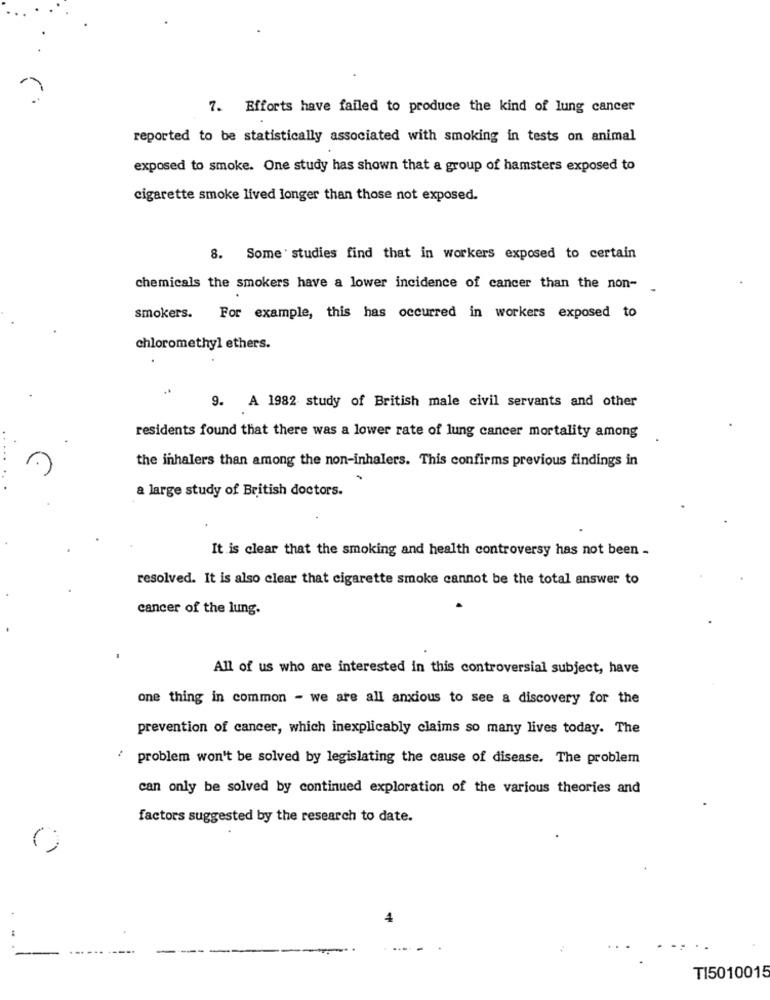
7. Efforts have failed to produce the kind of lung cancer
reported to be statistically associated with smoking in tests on animal
exposed to smoke. One study has shown that a group of hamsters exposed to
cigarette smoke lived longer than those not exposed.
8. Some studies find that in workers exposed to certain
chemicals the smokers have a lower incidence of cancer than the non-
.
smokers. For example, this has occurred in workers exposed to
chloromethyl ethers.
9. A 1982 study of British male civil servants and other
residents found that there was a lower rate of lung cancer mortality among
the inhalers than among the non-inhalers. This confirms previous findings in
a large study of British doctors.
It is clear that the smoking and health controversy has not been -
resolved. It is also clear that cigarette smoke cannot be the total answer to
cancer of the lung.
All of us who are interested in this controversial subject, have
one thing in common - we are all anxious to see a discovery for the
prevention of cancer, which inexplicably claims so many lives today. The
:
problem won't be solved by legislating the cause of disease. The problem
can only be solved by continued exploration of the various theories and
factors suggested by the research to date.
...
TI5010015